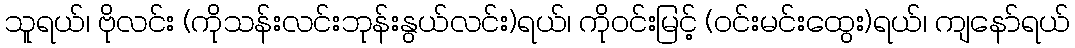
သူရယ်၊ ဗိုလင်း (ကိုသန်းလင်းဘုန်းနွယ်လင်း)ရယ်၊ ကိုဝင်းမြင့် (ဝင်းမင်းထွေး)ရယ်၊ ကျနော်ရယ်